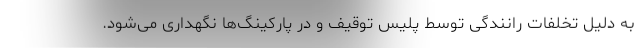
به دلیل تخلفات رانندگی توسط پلیس توقیف و در پارکینگ‌ها نگهداری می‌شود.